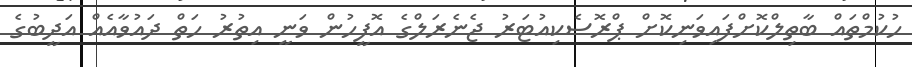
ހުކުމްތައް ބާތިލްކޮށްފައިވަނިކޮށް ޕްރޮސެކިއުޓަރު ޖެނެރަލްގެ އޮފީހުން ވަނީ އިތުރު ހަތް ދައުވާއެއް އަދީބުގެ